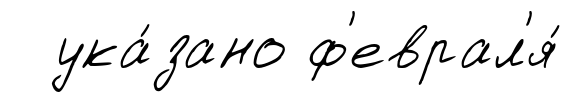
ука́зано ф'еврал'я́